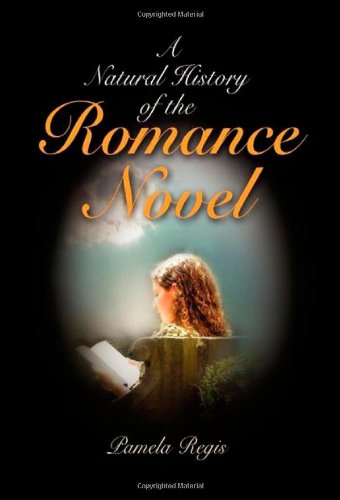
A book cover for A Natural History of the Romance Novel; Pamela Regis; Romance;